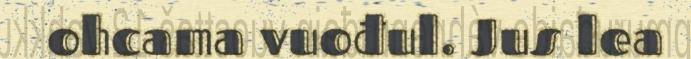
ohcama vuođul. Jus lea